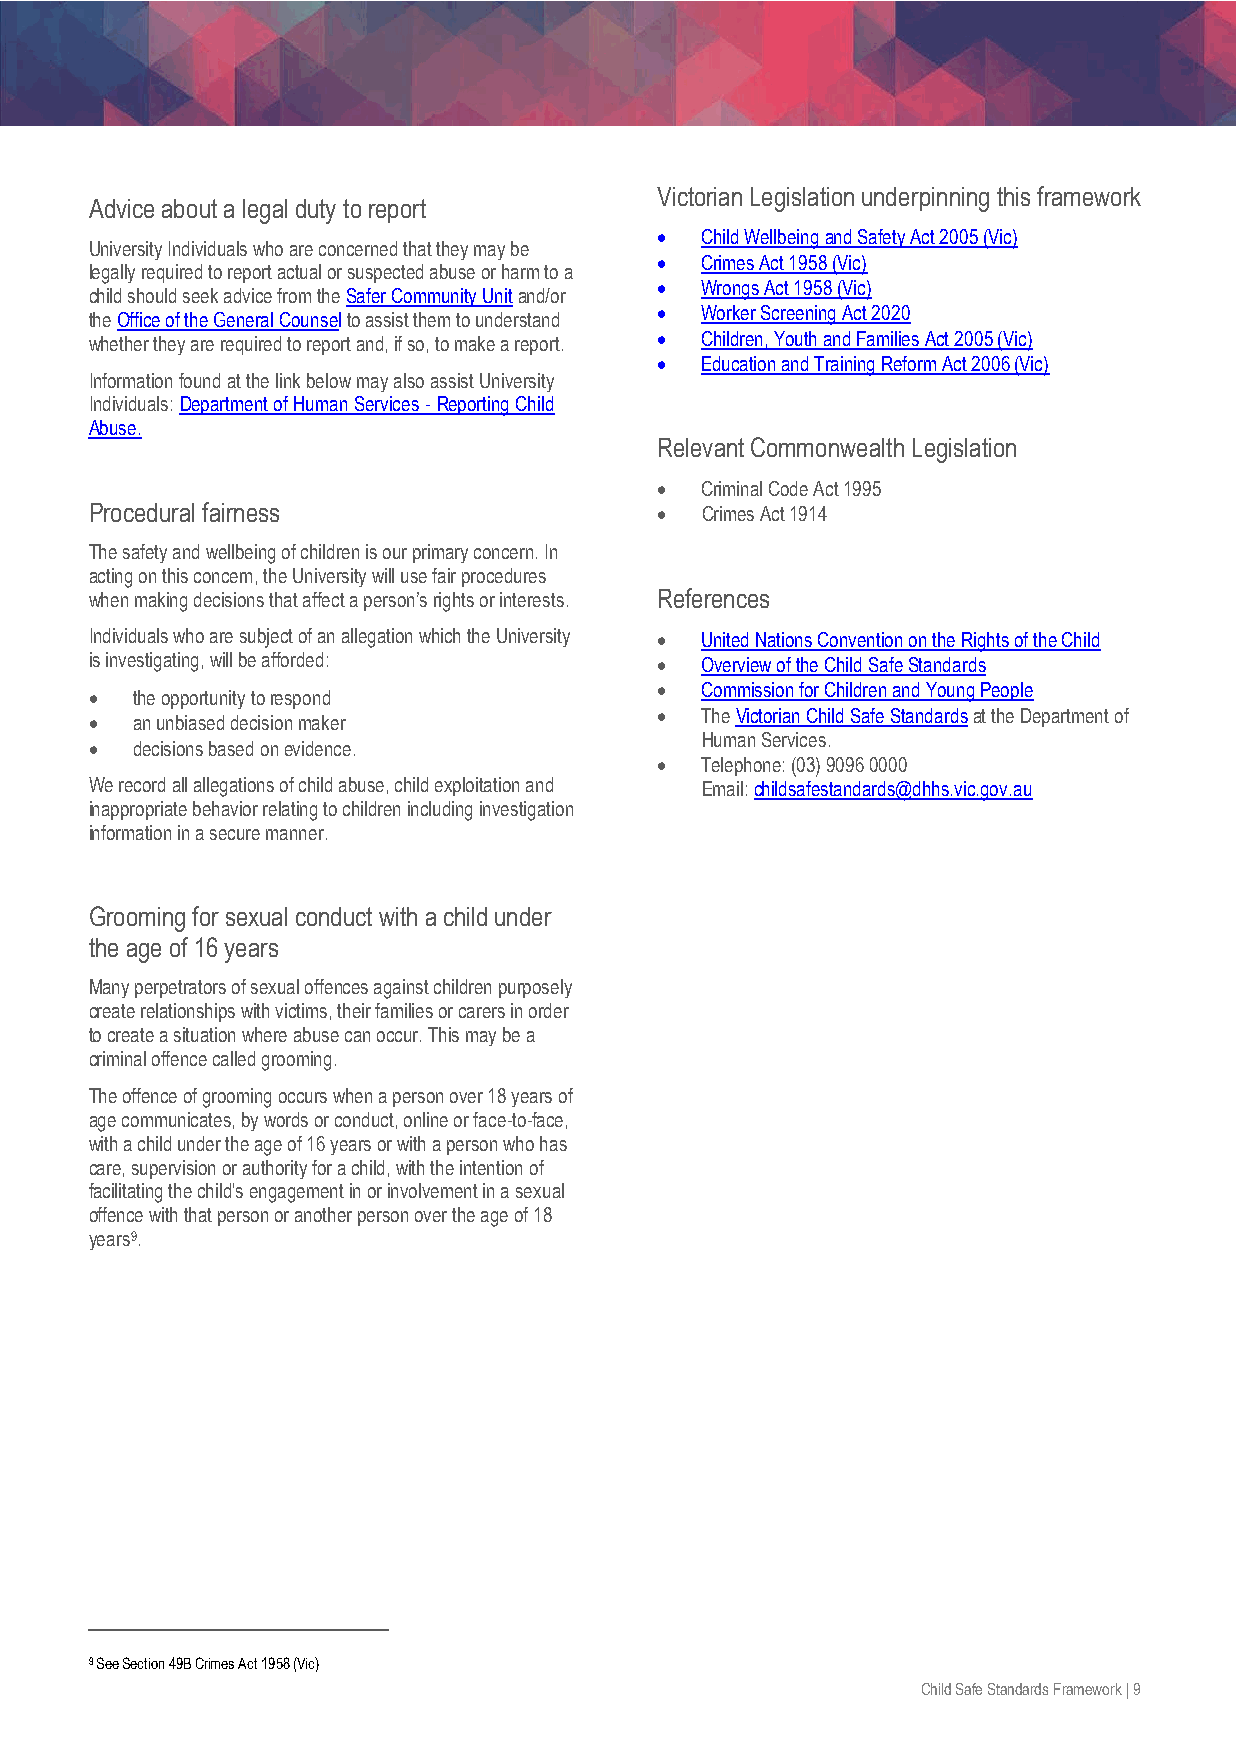
Victorian Legislation underpinning this framework
 Advice about a legal duty to report
 •  Child Wellbeing and Safety Act 2005 (Vic)
 University Individuals who are concerned that they may be
 •  Crimes Act 1958 (Vic)
 legally required to report actual or suspected abuse or harm to a
 •  Wrongs Act 1958 (Vic)
 child should seek advice from the Safer Community Unit and/or
 •  Worker Screening Act 2020
 the Office of the General Counsel to assist them to understand
 whether they are required to report and, if so, to make a report. • Children, Youth and Families Act 2005 (Vic)
 •  Education and Training Reform Act 2006 (Vic)
 Information found at the link below may also assist University
 Individuals: Department of Human Services - Reporting Child
 Abuse.
 Relevant Commonwealth Legislation
 •  Criminal Code Act 1995
 Procedural fairness                  •  Crimes Act 1914
 The safety and wellbeing of children is our primary concern. In
 acting on this concern, the University will use fair procedures
 when making decisions that affect a person’s rights or interests. References
 Individuals who are subject of an allegation which the University • United Nations Convention on the Rights of the Child
 is investigating, will be afforded:  •  Overview of the Child Safe Standards
 •  the opportunity to respond        •  Commission for Children and Young People
 •  an unbiased decision maker        •  The Victorian Child Safe Standards at the Department of
 Human Services.
 •  decisions based on evidence.
 •  Telephone: (03) 9096 0000
 We record all allegations of child abuse, child exploitation and Email: childsafestandards@dhhs.vic.gov.au
 inappropriate behavior relating to children including investigation
 information in a secure manner.
 Grooming for sexual conduct with a child under
 the age of 16 years
 Many perpetrators of sexual offences against children purposely
 create relationships with victims, their families or carers in order
 to create a situation where abuse can occur. This may be a
 criminal offence called grooming.
 The offence of grooming occurs when a person over 18 years of
 age communicates, by words or conduct, online or face-to-face,
 with a child under the age of 16 years or with a person who has
 care, supervision or authority for a child, with the intention of
 facilitating the child's engagement in or involvement in a sexual
 offence with that person or another person over the age of 18
 years9.
 9 See Section 49B Crimes Act 1958 (Vic)
 Child Safe Standards Framework | 9